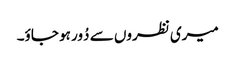
میری نظروں سے دُور ہو جاؤ۔